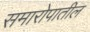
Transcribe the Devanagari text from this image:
समारोपातील